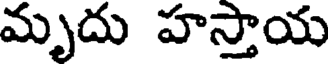
మృదు హస్తాయ